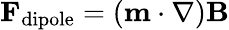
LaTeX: \mathbf{F}_{\mathrm{dipole}}=\left(\mathbf{m}\cdot\nabla\right)\mathbf{B}